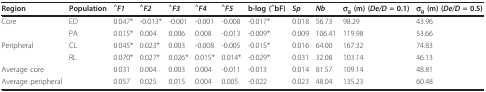
| Region | Population | ^F1 | ^F2 | ^F3 | ^F4 | ^F5 | b-log (^bF) | Sp | Nb | σg (m) (De/D = 0.1) | σg (m) (De/D = 0.5) |
 | --- | --- | --- | --- | --- | --- | --- | --- | --- | --- | --- | --- |
 | Core | ED | 0.047* | -0.013* | -0.001 | -0.001 | -0.008 | -0.017* | 0.018 | 56.73 | 98.29 | 43.96 |
 |  | PA | 0.015* | 0.004 | 0.006 | 0.008 | -0.013 | -0.009* | 0.009 | 106.41 | 119.98 | 53.66 |
 | Peripheral | CL | 0.045* | 0.023* | 0.003 | -0.008 | -0.005 | -0.015* | 0.016 | 64.00 | 167.32 | 74.83 |
 |  | RL | 0.070* | 0.027* | 0.026* | 0.015* | 0.014* | -0.029* | 0.031 | 32.08 | 103.14 | 46.13 |
 | Average core |  | 0.031 | 0.004 | 0.003 | 0.004 | -0.011 | -0.013 | 0.014 | 81.57 | 109.14 | 48.81 |
 | Average peripheral |  | 0.057 | 0.025 | 0.015 | 0.004 | 0.005 | -0.022 | 0.023 | 48.04 | 135.23 | 60.48 |